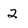
Character: 2